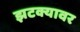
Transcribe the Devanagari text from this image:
झटक्यावर